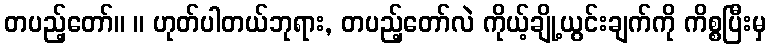
တပည့်တော်။ ။ ဟုတ်ပါတယ်ဘုရား, တပည့်တော်လဲ ကိုယ့်ချို့ယွင်းချက်ကို ကိစ္စပြီးမှ